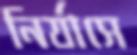
নির্যাসে